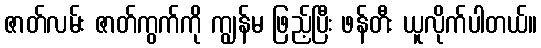
ဇာတ်လမ်း ဇာတ်ကွက်ကို ကျွန်မ ဖြည့်ပြီး ဖန်တီး ယူလိုက်ပါတယ်။